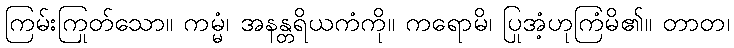
ကြမ်းကြုတ်သော။ ကမ္မံ၊ အနန္တရိယကံကို။ ကရောမိ၊ ပြုအံ့ဟုကြံမိ၏။ တာတ၊